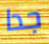
جدا